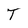
Character: T